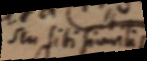
seu siti similis